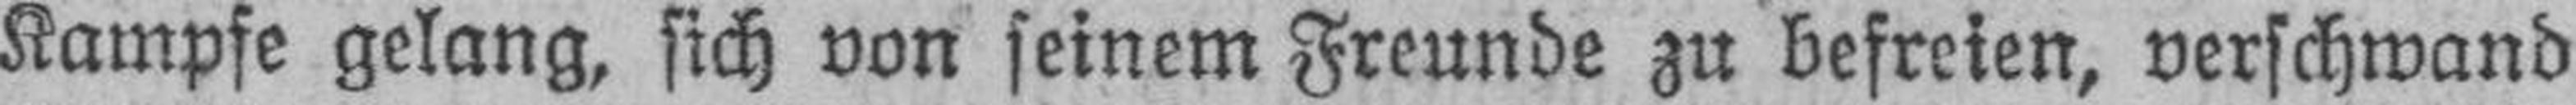
Kampfe gelang, sich von seinem Freunde zu befreien, verschwand